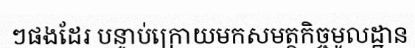
ៗផងដែរ បន្ទាប់ក្រោយមកសមត្ថកិច្ចមូលដ្ឋាន